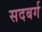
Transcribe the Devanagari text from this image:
सदबर्ग